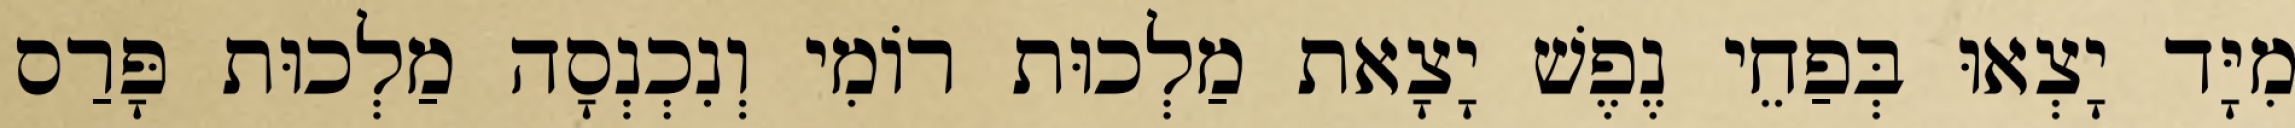
מִיָּד יָצְאוּ בְּפַחֵי נֶפֶשׁ יָצָאת מַלְכוּת רוֹמִי וְנִכְנְסָה מַלְכוּת פָּרַס